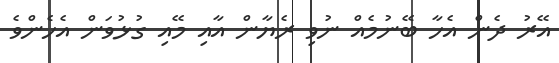
އޭރު ދެން އެހާ ބޭނުމެއް ނުވި ރެޔާން އާއި މޭއި ގުޅުވަން އެހެންވެ